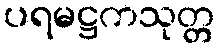
ပရမဋ္ဌကသုတ္တ